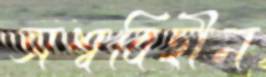
অশ্ববিহীন